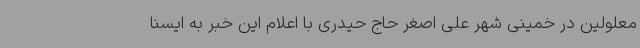
معلولین در خمینی شهر علی اصغر حاج حیدری با اعلام این خبر به ایسنا